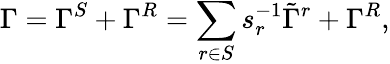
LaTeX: \Gamma=\Gamma^{S}+\Gamma^{R}=\sum_{r\in S}s_{r}^{-1}\tilde{\Gamma}^{r}+\Gamma^{R},